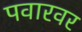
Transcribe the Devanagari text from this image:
पवारवर